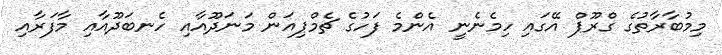
މިމުބާރާތުގެ ގްރޫޕް އޭގައި ހިމެނެނީ އެންމެ ފަހުގެ ޗެމްޕިއަން މަނަދޫއާއި ހެނބަދޫއާއި މާފަރާއި